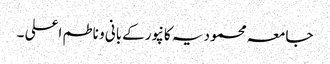
جامعہ محمودیہ کانپورکےبانی و ناطم اعلی ۔